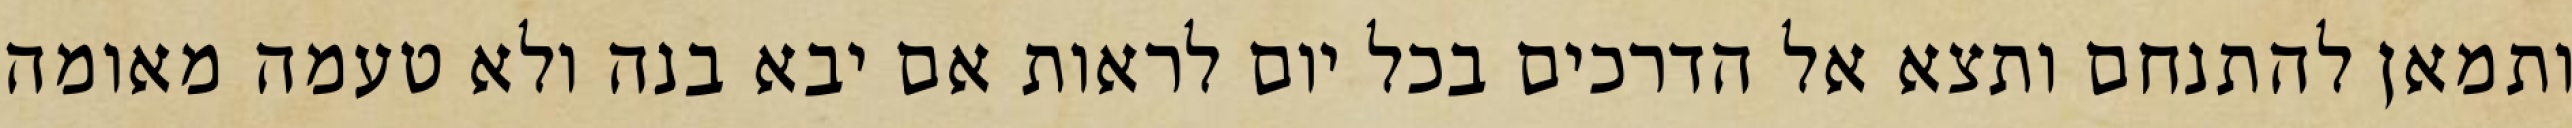
ותמאן להתנחם ותצא אל הדרכים בכל יום לראות אם יבא בנה ולא טעמה מאומה